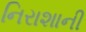
નિરાશાની